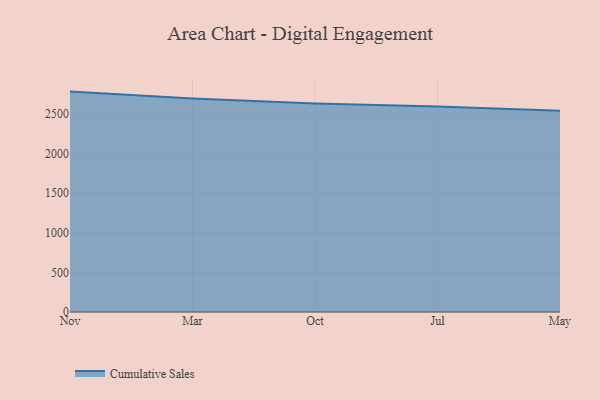
{"axis": {"x": "Month", "y": "Market Share (%)"}, "legend": ["Cumulative Sales"], "data": [{"x": "Nov", "y": 2784.7, "type": "Cumulative Sales"}, {"x": "Mar", "y": 2698.0, "type": "Cumulative Sales"}, {"x": "Oct", "y": 2634.2, "type": "Cumulative Sales"}, {"x": "Jul", "y": 2596.4, "type": "Cumulative Sales"}, {"x": "May", "y": 2542.1, "type": "Cumulative Sales"}]}